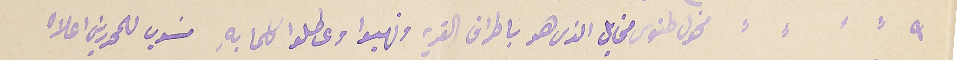
٩ مخول طنوس مخايل الترس هو باطراف القريه ونهبوا وعطلو كلما بهِ منسوب للمحررين اعلاه